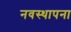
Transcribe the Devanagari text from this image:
नवस्थापना